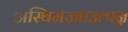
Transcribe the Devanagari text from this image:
अस्थिमज्जाउत्पन्न